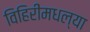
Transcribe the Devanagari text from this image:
विहिरींमधल्या